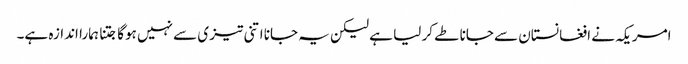
امریکہ نے افغانستان سے جانا طے کر لیا ہے لیکن یہ جانا اتنی تیز ی سے نہیں ہوگا جتنا ہمارا اندازہ ہے۔